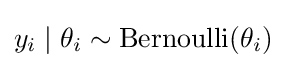
y_{i}\mid \theta _{i}\sim \mathrm {Bernoulli} (\theta _{i})